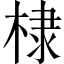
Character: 棣